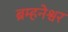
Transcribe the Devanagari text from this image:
ब्रम्हनेश्वर